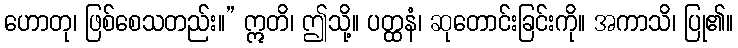
ဟောတု၊ ဖြစ်စေသတည်း။” ဣတိ၊ ဤသို့။ ပတ္ထနံ၊ ဆုတောင်းခြင်းကို။ အကာသိ၊ ပြု၏။